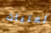
لفتيات